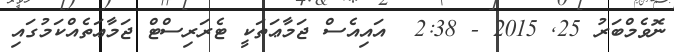
ނޮވެމްބަރު 25